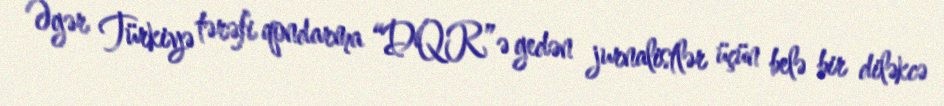
Əgər Türkiyə tərəfi qondarma “DQR”ə gedən jurnalistlər üçün belə bir diləkcə